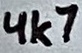
Text: 4k7